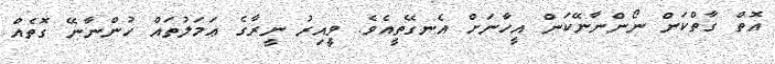
އޮތް ގާތްކަން ނޯންނާނޭކަން އީހާނަށް އެނގޭތީއެވެ. ވީއިރު ނީރާގެ ޢަމަލުތައް ހުންނާނޭ ގޮތެއް